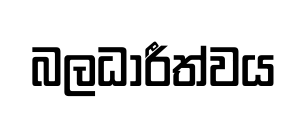
බලධාරීත්වය